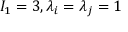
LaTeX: I _ { 1 } = 3 , \lambda _ { i } = \lambda _ { j } = 1